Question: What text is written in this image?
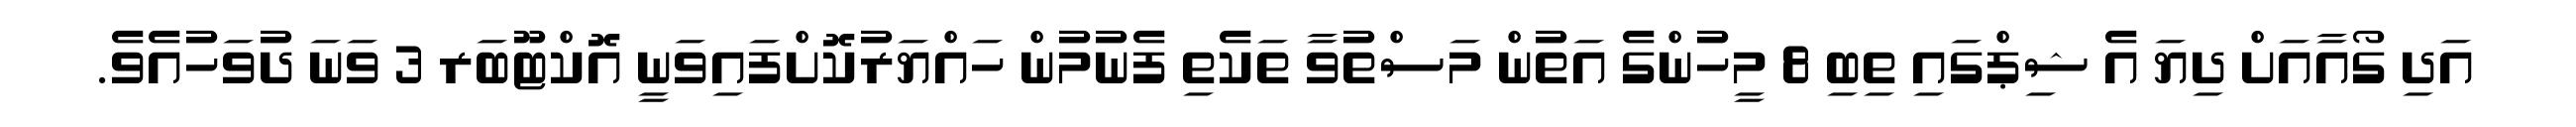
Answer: އަދި ގޯއާއަށް ދިޔަ އެ ޝިޕްގައި ތިބި 8 މީހުންގެ އަތުން މަސްތުވާ ތަކެތި ފެނުމުން ހައްޔަރުކޮށްފައިވަނީ އޮކްޓޫބަރ 3 ވަނަ ދުވަހުއެވެ.